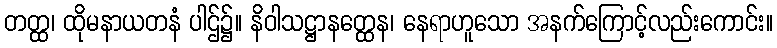
တတ္ထ၊ ထိုမနာယတနံ ပါဌ်၌။ နိဝါသဋ္ဌာနတ္ထေန၊ နေရာဟူသော အနက်ကြောင့်လည်းကောင်း။